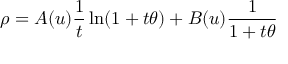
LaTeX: \rho = A ( u ) \frac { 1 } { t } \ln ( 1 + t \theta ) + B ( u ) \frac { 1 } { 1 + t \theta }